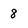
Character: 8